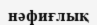
нәфиғлық